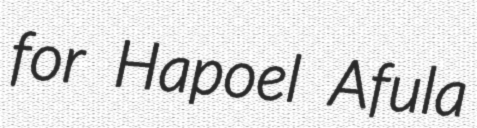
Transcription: for Hapoel Afula